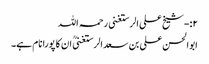
۲:-شیخ علی الرستغنی رحمہ اللہ
ابوالحسن علی بن سعد الرستغنیؒ ان کا پورا نام ہے۔